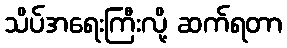
သိပ်အရေးကြီးလို့ ဆက်ရတာ